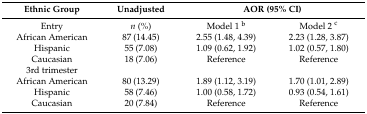
<table><thead><tr><td><b>Ethnic Group</b></td><td><b>Unadjusted</b></td><td colspan="2"><b>AOR (95% CI)</b></td></tr></thead><tbody><tr><td>Entry</td><td><i>n</i> (%)</td><td>Model 1 <sup>b</sup></td><td>Model 2 <sup>c</sup></td></tr><tr><td>African American</td><td>87 (14.45)</td><td>2.55 (1.48, 4.39)</td><td>2.23 (1.28, 3.87)</td></tr><tr><td>Hispanic</td><td>55 (7.08)</td><td>1.09 (0.62, 1.92)</td><td>1.02 (0.57, 1.80)</td></tr><tr><td>Caucasian</td><td>18 (7.06)</td><td>Reference</td><td>Reference</td></tr><tr><td>3rd trimester</td><td></td><td></td><td></td></tr><tr><td>African American</td><td>80 (13.29)</td><td>1.89 (1.12, 3.19)</td><td>1.70 (1.01, 2.89)</td></tr><tr><td>Hispanic</td><td>58 (7.46)</td><td>1.00 (0.58, 1.72)</td><td>0.93 (0.54, 1.61)</td></tr><tr><td>Caucasian</td><td>20 (7.84)</td><td>Reference</td><td>Reference</td></tr></tbody></table>